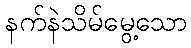
နက်နဲသိမ်မွေ့သော